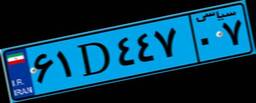
۶۱D۴۴۷۰۷